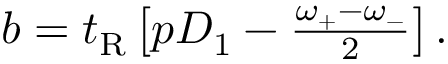
\begin{array} { r } { b = t _ { \mathrm { R } } \left[ p D _ { 1 } - \frac { \omega _ { + } - \omega _ { - } } { 2 } \right] . } \end{array}